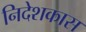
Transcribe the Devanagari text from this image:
निदेशकास